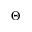
\boldsymbol { \Theta }